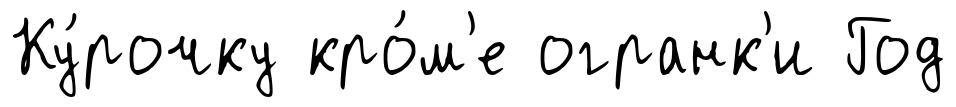
Ку́рочку кро́м'е огранк'и Год